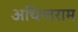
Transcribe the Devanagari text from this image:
अचिन्तराम